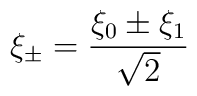
\xi _{\pm }=\frac{\xi _{0}\pm \xi _{1}}{\sqrt{2}}